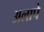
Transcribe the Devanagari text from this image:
अलापे